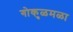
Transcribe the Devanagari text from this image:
गोकुळमळा